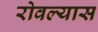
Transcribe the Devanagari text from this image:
रोवल्यास